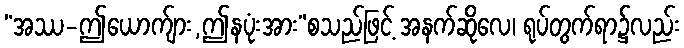
“အဿ-ဤယောက်ျား,ဤနပုံးအား”စသည်ဖြင့် အနက်ဆိုလေ၊ ရုပ်တွက်ရာ၌လည်း